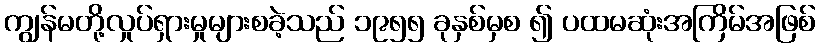
ကျွန်မတို့လှုပ်ရှားမှုများစခဲ့သည် ၁၉၅၅ ခုနှစ်မှစ ၍ ပထမဆုံးအကြိမ်အဖြစ်